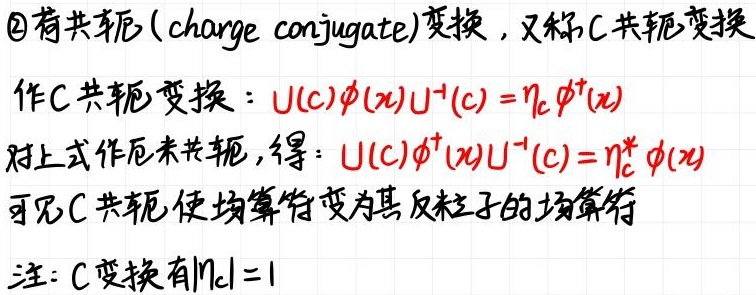
\textcircled{2}荷共轭（charge conjugate）变换，又称C共轭变换
作C共轭变换：$U(c)\phi(x)U^{-1}(c)=\eta_{c}\phi^{\dagger}(x)$
对上式作厄米共轭，得：$U(c)\phi^{\dagger}(x)U^{-1}(c)=\eta_{c}^{*}\phi(x)$
可见C共轭使场算符变为其反粒子的场算符
注：C变换有$|\eta_{c}| = 1$